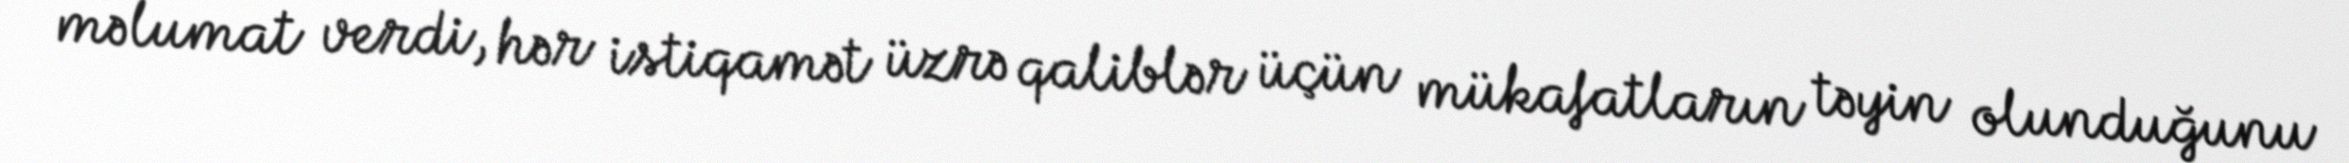
məlumat verdi, hər istiqamət üzrə qaliblər üçün mükafatların təyin olunduğunu